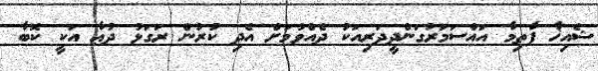
ޝެއިޚާ ފާތިމާ އައްސަމަރުގަންދީދަރިއަކު ދެއްވުމަށް އެދި ކުރުން ރަގަޅު ދުޢާ އަކީ ކޮބާ